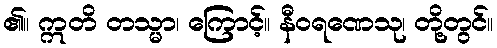
၏။ ဣတိ တသ္မာ၊ ကြောင့်။ နီဝရဏေသု၊ တို့တွင်။